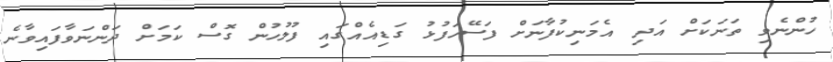
ހުންނެވި ތަނަކަށް އަދި އެމަނިކުފާނަށް ފަސޭހަފުޅު ގަޑިއެއްގައި ފުލުހުން ގޮސް ކަމަށް ދަންނަވާފައިވާނެ